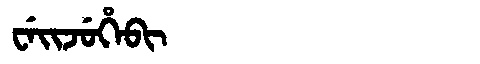
Manchu: ᠸᡝᡳᠵᡠᡥᡝᠪᡳ
Romanization: WEIJUHEBI